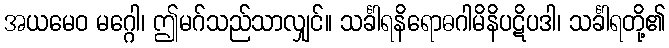
အယမေဝ မဂ္ဂေါ၊ ဤမဂ်သည်သာလျှင်။ သင်္ခါရနိရောဓဂါမိနိပဋိပဒါ၊ သင်္ခါရတို့၏